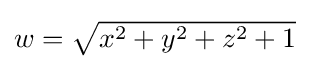
\textstyle w={\sqrt {x^{2}+y^{2}+z^{2}+1}}